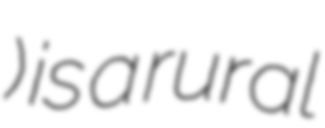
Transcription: Ува) is a rural